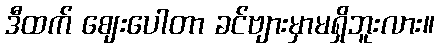
ဒီထက် ဈေးပေါတာ ခင်ဗျားမှာမရှိဘူးလား။